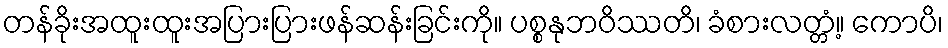
တန်ခိုးအထူးထူးအပြားပြားဖန်ဆန်းခြင်းကို။ ပစ္စနုဘဝိဿတိ၊ ခံစားလတ္တံ့။ ကောပိ၊